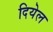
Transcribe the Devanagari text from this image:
दियेल